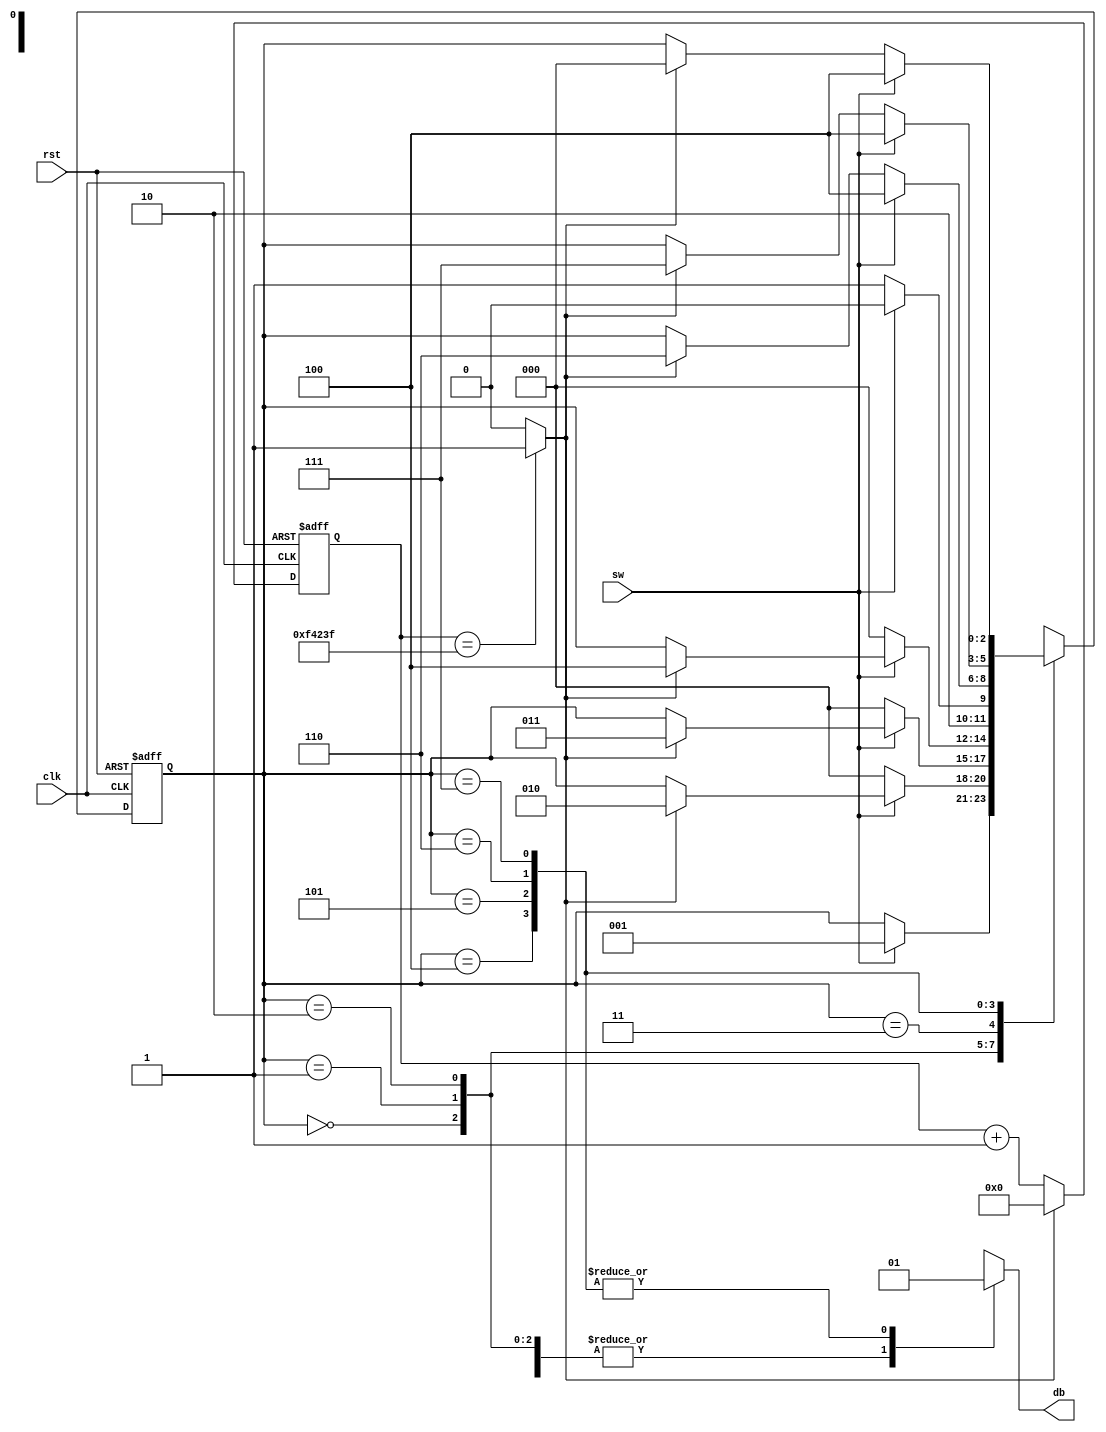
`timescale 1ns / 1ps
//****************************************************************//
//  This document contains information proprietary to the         //
//  CSULB student that created the file - any reuse without       //
//  adequate approval and documentation is prohibited             //
//                                                                //
//  Class: <CECS 460>                                             //
//  Project name: <Project 1>                                     //
//                                                                //
//  Created by <Pong Chu>                                         //
//  Modified by <Chou Thao> on <9/14/16>.                         //
//  Copyright  2016 <Chou Thao>. All rights reserved.            //
//                                                                //
//  Abstract: <This is a debounce finite state machine which sees //
//             if an input sw is stablize. The following is       //
//             achieved through a series of states indicative of  //
//             the assertion and deassertion of an input sw. The  //
//             initial state is zero and moves on if sw is assert-//
//             ed. Then the three following states hold their     //
//             states until a tick(m_tick) is generated when a re-//
//             gister q_reg reaches a desired value. After the    //
//             above states go into state one, it will assert out-//
//             put db and it waits until the deassertion of sw.   //
//             The following three states after one are to hold   //
//             their states until a tick(m_tick) is generated once//
//             q_reg reaches a desired value. Then it will restart//
//             from state zero.>                                  //
//                                                                //
//  Edit history: <keep track of changes to the file>             //
//                                                                //
//  In submitting this file for class work at CSULB               //
//  I am confirming that this is my work and the work             //
//  of no one else.                                               //
//                                                                //
//  In the event other code sources are utilized I will           //
//  document which portion of code and who is the author          //
//                                                                //
// In submitting this code I acknowledge that plagiarism          //
// in student project work is subject to dismissal from the class //
//****************************************************************//
module db_fsm(clk, rst, sw, db);
   input  clk, rst, sw;
	output db;
	reg    db;
	
	// symbolic state
	localparam [2:0]
	           zero    = 3'b000,
				  wait1_1 = 3'b001,
				  wait1_2 = 3'b010,
				  wait1_3 = 3'b011,
				  one     = 3'b100,
				  wait0_1 = 3'b101,
				  wait0_2 = 3'b110,
				  wait0_3 = 3'b111;
	
	// number of counter bits (2^N * 20ns = 10ms tick)
	localparam N=20;
	
	// signal declaration
	reg  [N-1:0] q_reg;
	wire [N-1:0] q_next;
   wire          m_tick;
	reg  [2:0]   state_reg, state_next;
	
	// body
	
	//=================================================
	// counter to generate 10 ms tick
	//=================================================
	always@(posedge clk, posedge rst)
		if (rst)
		   q_reg <= 20'b0;
		else if (m_tick)
		   q_reg <= 20'b0;
		else
	      q_reg <= q_next;
			
	// next_state logic
	assign q_next = q_reg + 20'b1;
	// output tick
	assign m_tick = (q_reg==999999) ? 1'b1 : 1'b0;
	
	//=================================================
	// debouncing FSM
	//=================================================
	// state register
	always@(posedge clk, posedge rst)
	   if(rst)
		   state_reg <= zero;
		else
		   state_reg <= state_next;
			
	// next-state logic and output logic
	always@(*)
	begin
	   state_next = state_reg;
		db = 1'b0;
		case(state_reg)
		   zero:
			   if(sw)			
				   state_next = wait1_1;
			wait1_1:
			   if(~sw)
				   state_next = zero;
			   else
				   if(m_tick)
					   state_next = wait1_2;
			wait1_2:
			   if(~sw)
				   state_next = zero;
				else
				   if(m_tick)
					   state_next = wait1_3;
			wait1_3:
			   if(~sw)
				   state_next = zero;
			   else
				   if(m_tick)
					   state_next = one;
			one:
			   begin
				   db = 1'b1;
					if(~sw)
					   state_next = wait0_1;
               else
                  state_next = one;					
				end
			wait0_1:
			   begin
				   db = 1'b1;
					if(sw)
					   state_next = one;
					else
					   if(m_tick)
						   state_next = wait0_2;
			   end
			wait0_2:
			   begin
				   db = 1'b1;
					if(sw)
					   state_next = one;
					else
					   if(m_tick)
						   state_next = wait0_3;
				end
			wait0_3:
			   begin
				   db = 1'b1;
					if(sw)
					   state_next = one;
					else
					   if(m_tick)
						   state_next = zero;
				end
			default: state_next = zero;
		endcase
	end
	
endmodule